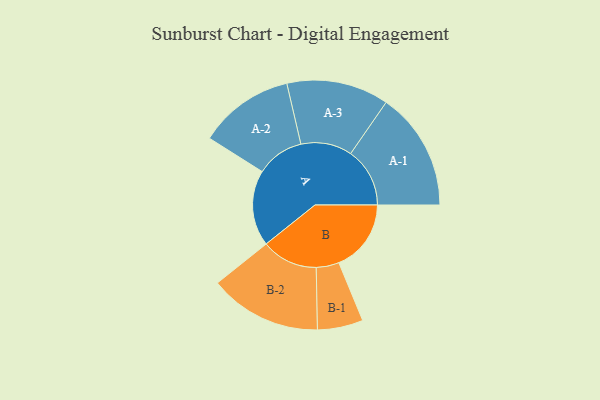
{"axis": {"x": "Segment", "y": "Value"}, "legend": ["", "A", "B"], "data": [{"x": "A", "y": 359, "type": ""}, {"x": "B", "y": 342, "type": ""}, {"x": "A-1", "y": 280, "type": "A"}, {"x": "A-2", "y": 226, "type": "A"}, {"x": "A-3", "y": 242, "type": "A"}, {"x": "B-1", "y": 108, "type": "B"}, {"x": "B-2", "y": 266, "type": "B"}]}